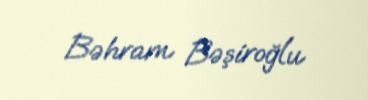
Bəhram Bəşiroğlu